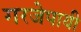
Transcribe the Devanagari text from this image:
गरजेपायी